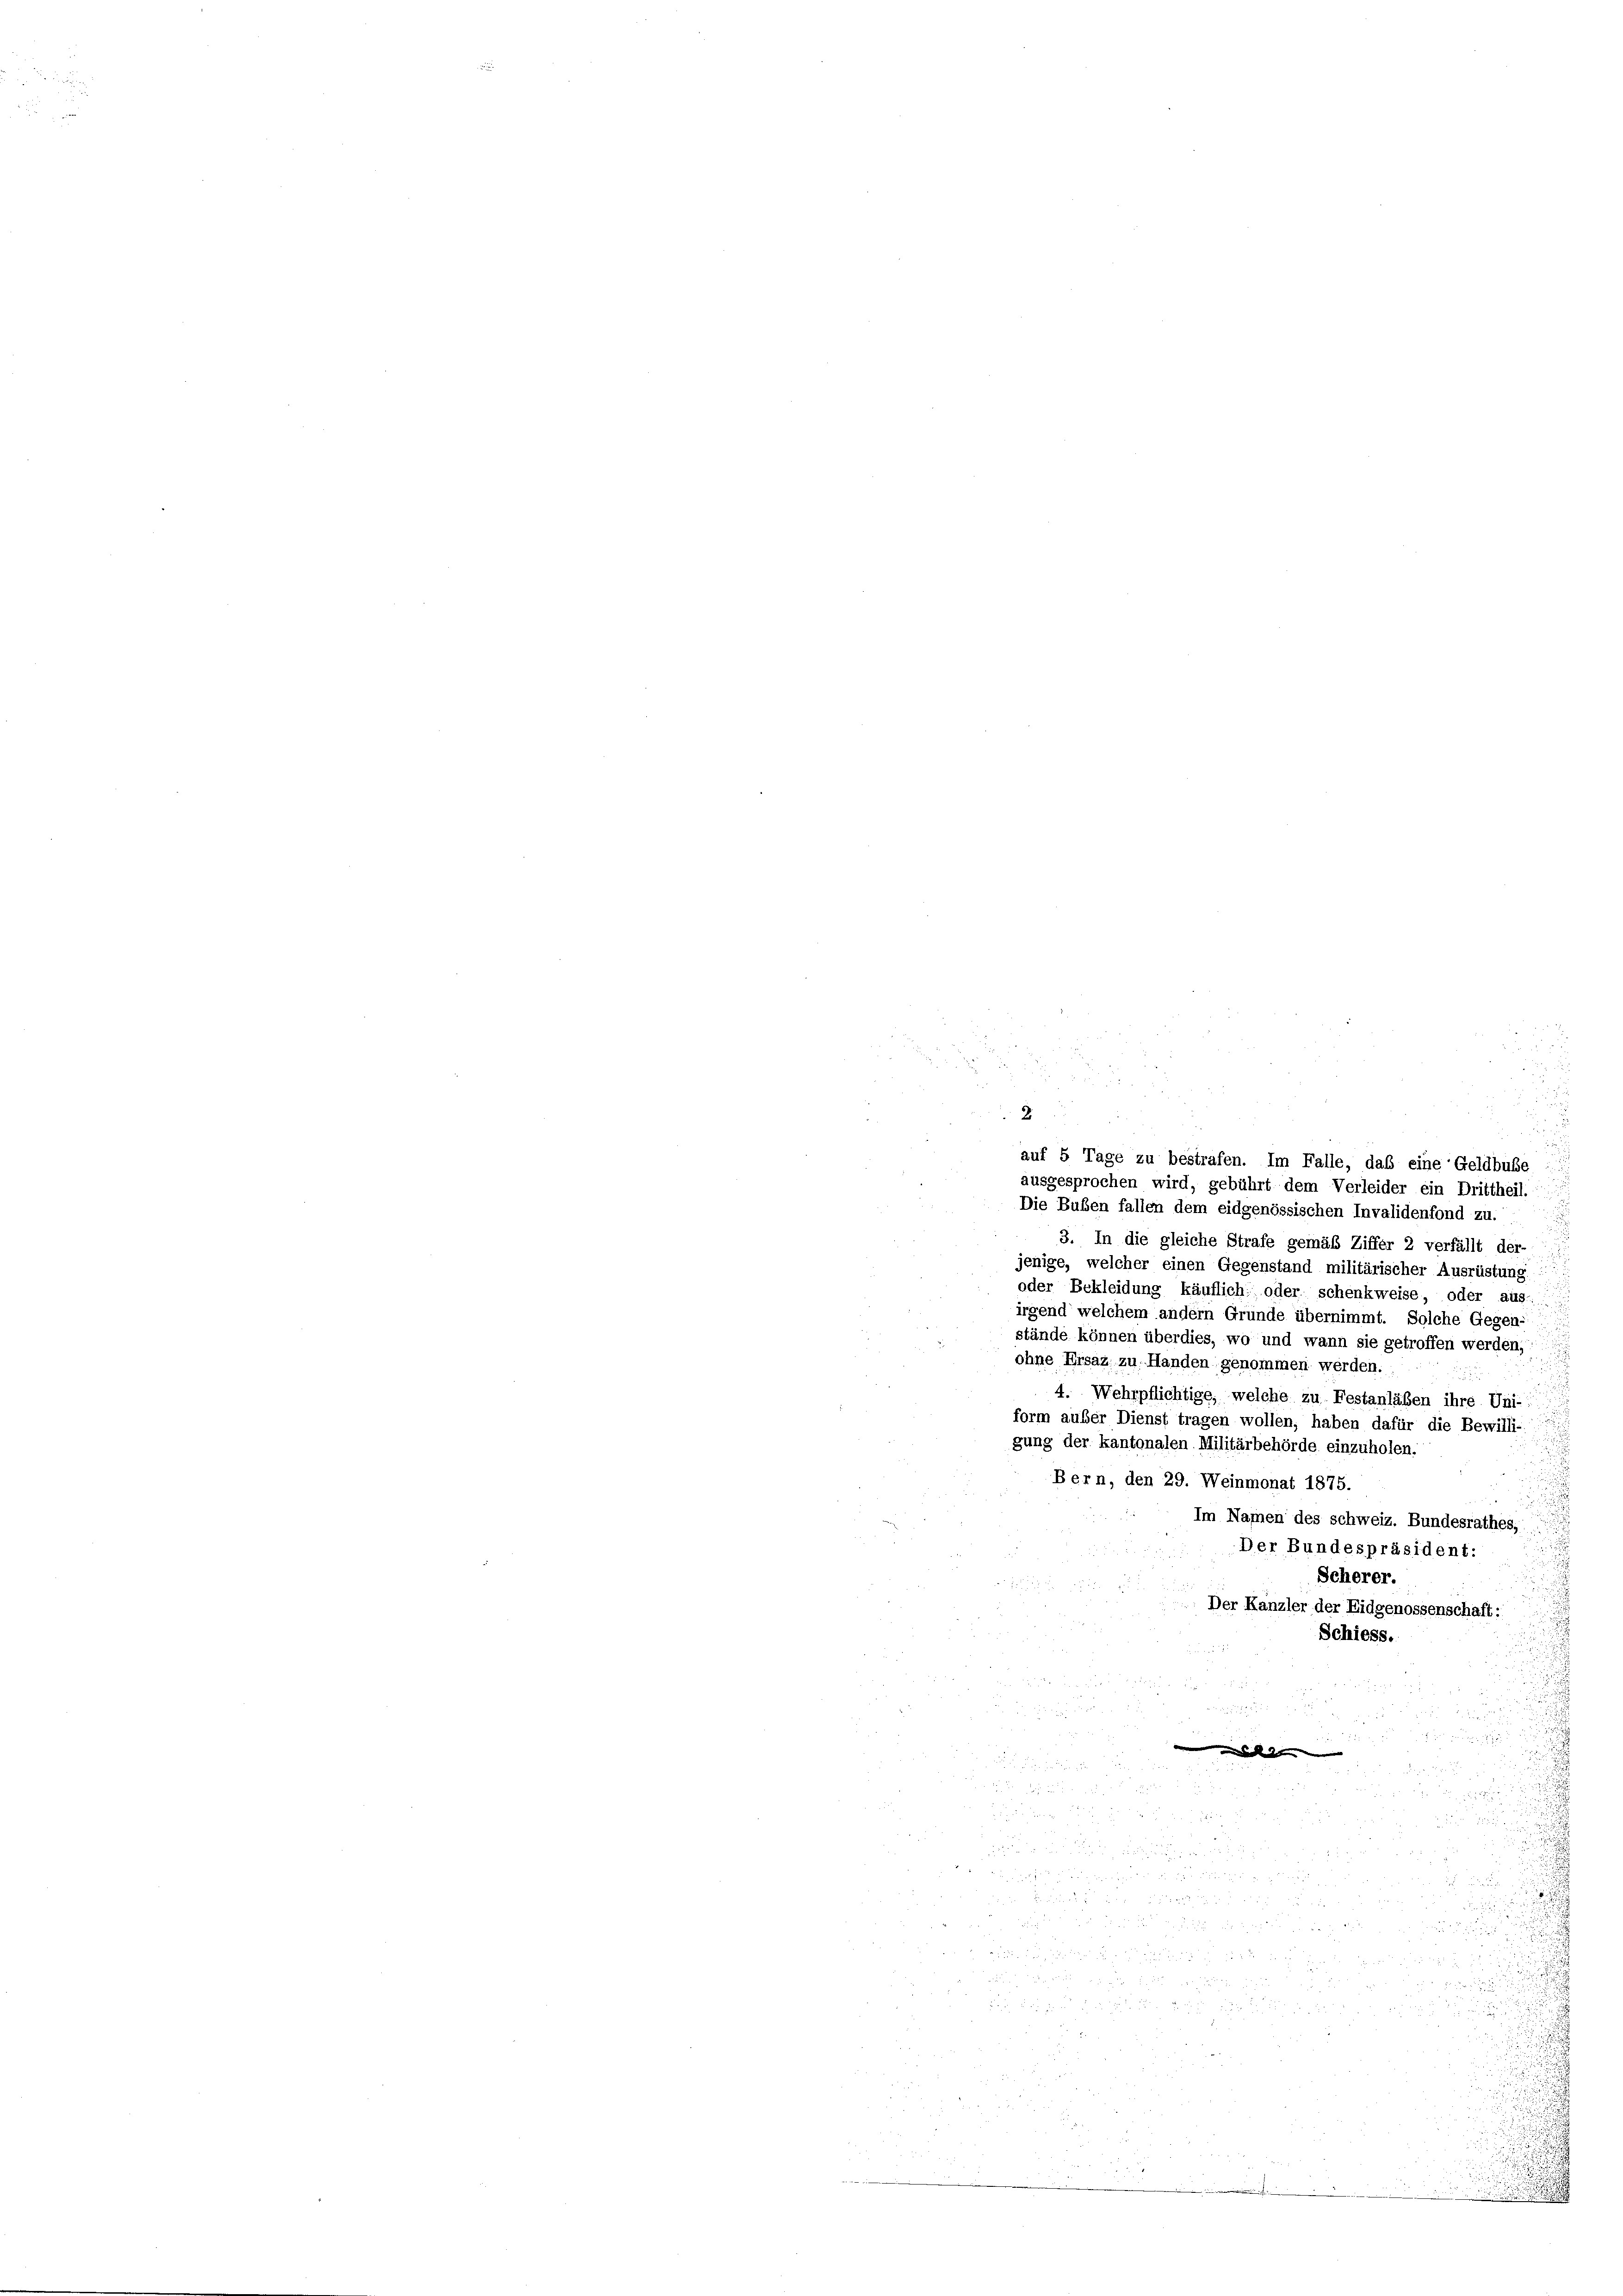
auf 5 Tage zu bestrafen. Im Falle, das eine Geldbuße
ausgesprochen wird, gebührt dem Verleider ein Drittheil.
Die Bußen fallen dem eidgenössischen Invalidenfond zu.
3. In die gleiche Strafe gemäß Ziffer 2 verfällt der-
jenige, welcher einen Gegenstand militärischer Ausrüstung
oder Bekleidung käuflich: oder schenkweise, oder aus
irgend welchem andern Grunde übernimmt. Solche Gegen-
stände können überdies, wo und wann sie getroffen werden,
ohne Ersaz zu Handen genommen werden.
4. Wehrpflichtige, welche zu Festanläßen ihre Uni-
form außer Dienst tragen wollen, haben dafür die Bewilli-
gung der kantonalen Militärbehörde einzuholen.
Bern, den 29. Weinmonat 1875.
Im Namen des schweiz. Bundesrathes,
Der Bundespräsident:
Scherer.
Der Kanzler der Eidgenossenschaft:
Schiess.

n
N 122 1857
en den |

u
 x

n

d
1
n

.

2

u
o
 20 x
5: die

e
.
i
2
.
3
u
i
2

2